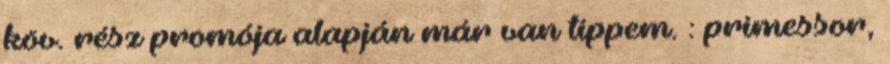
köv. rész promója alapján már van tippem. : primessor,